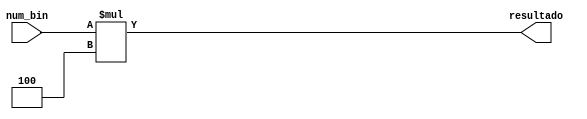
module exercicio_04(input [7:0] num_bin, output [7:0] resultado);
  assign resultado = num_bin * 4; // Parte b)
endmodule